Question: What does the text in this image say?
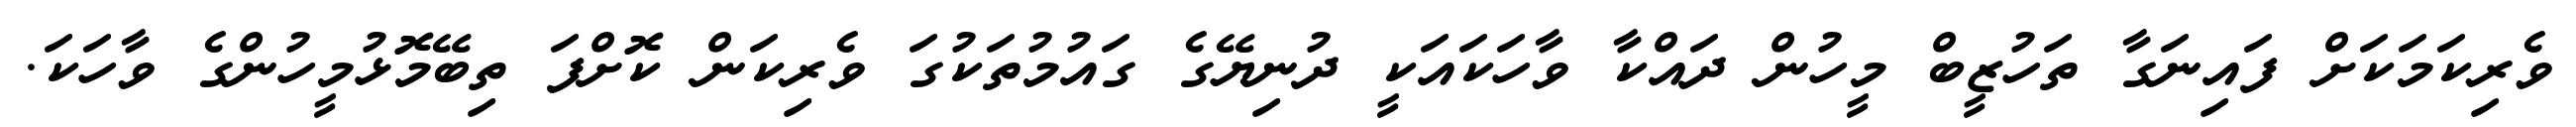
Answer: ވެރިކަމަކަށް ފައިނަގާ ތަހުޒީބް މީހުން ދައްކާ ވާހަކައަކީ ދުނިޔޭގެ ގައުމުތަކުގަ ވެރިކަން ކޮށްފަ ތިބޭމޮޅުމީހުންގެ ވާހަކަ.